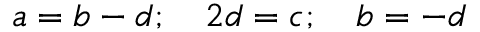
\begin{array} { r } { a = b - d ; \quad 2 d = c ; \quad b = - d } \end{array}